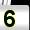
Digit: 5